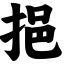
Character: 挹